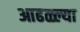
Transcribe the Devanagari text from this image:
आढळ्ल्या